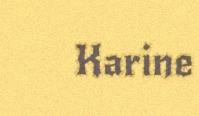
Karine